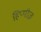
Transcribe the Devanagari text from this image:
हिप्पीज़